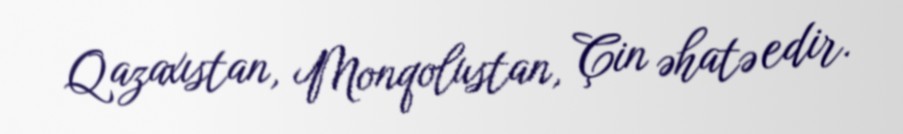
Qazaxıstan, Monqolustan, Çin əhatə edir.